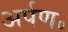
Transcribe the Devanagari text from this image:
अर्पण॰